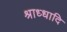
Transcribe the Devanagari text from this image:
श्राध्धादि